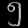
Digit: ၅